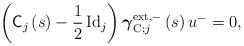
LaTeX: \begin{align*}\left( \mathsf{C}_{j}\left( s\right) -\frac{1}{2}\operatorname*{Id}\nolimits_{j}\right)\mbox{\boldmath$ \gamma$}_{\operatorname*{C};j}^{\operatorname*{ext},-}\left( s\right) u^{-}=0,\end{align*}